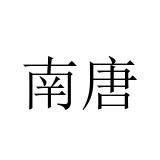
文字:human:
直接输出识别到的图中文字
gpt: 南唐